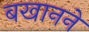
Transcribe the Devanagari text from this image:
बखानने